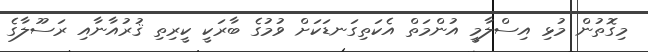
މިގޮތުން މުޅި އިސްލާމީ އުންމަތް އެކަތިގަނޑަކަށް ވުމުގެ ބާރަކީ ކީރިތި ޤުރުއާނާއި ރަސޫލާގެ